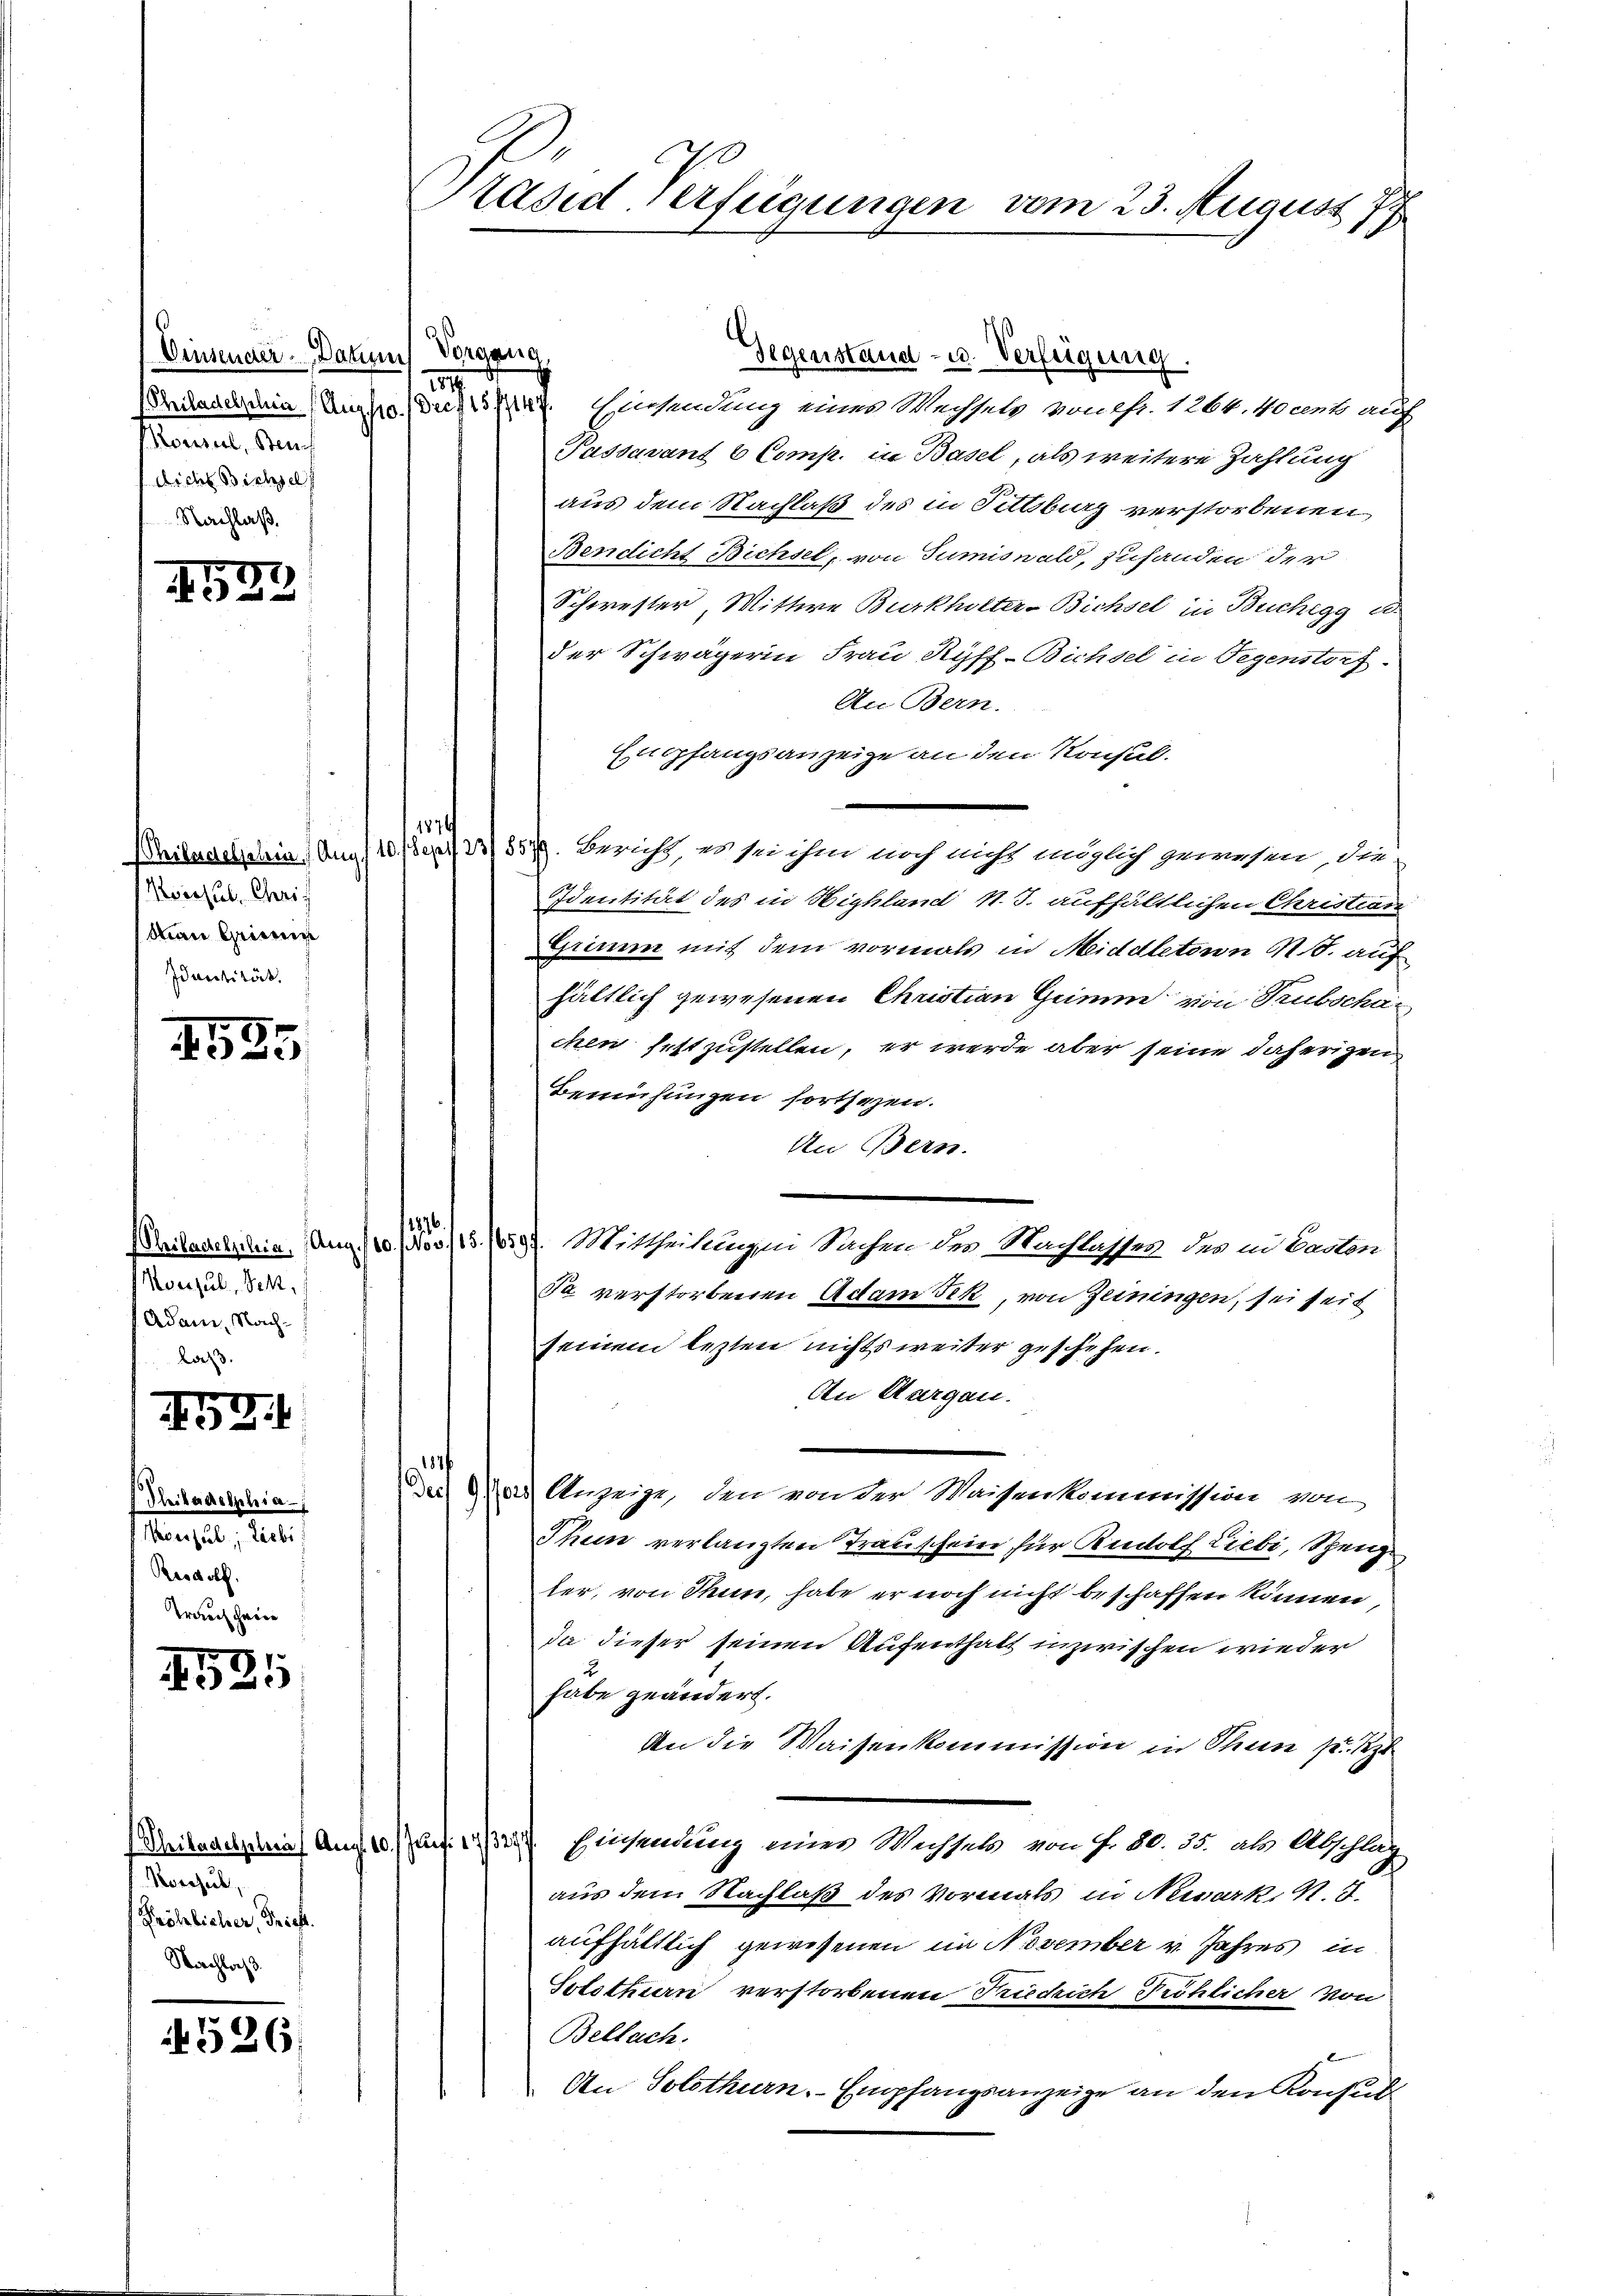
Dinsender Datum Vorgang,
Morel, Beu
f dieses Bichsel

255

Koessel, Chris
Man Grimin
Identität,

535

Monsul, Sch
Adam Nach¬

52. 1

Philadelphia
onsul, liebi
Riodolf.
Trauf sein

4525

Morosub,
Pröhlicher, Triest.
Nachlas

526.

Präsid-Verfügungen vom 23. August 177

1
(Precademie Umso dich. Einsendung einer Wechsels von fr. 1264. 40cent auf
Passavant 6 Comp. in Basel, als weitere Zahlung
aus dem Nachlaß des in Pittsburg verstorbenen
Bendicht Bichsel, von Sumiswald, zuhanden der
Schwester, Wittwe Burkholter-Bichsel in Buchegg ed
Der Schwägerin Frau Ryff-Bichsel in Tegenstorf
An Bern.
Empfangsanzeige an den Konsul-
1876
Whiladelschin) Aug. 10. Sept 23/ 8579. Bericht, es sei ihm noch nicht möglich gewesen, die
Identität des in Highland v. J. aufhältlichen Christian
Grimm mit dem vormals in Middleteron N. S. auf
hältlich gewesenen Christian Grimm von Trubschaf
chen festzustellen, er werde aber seine daherigen
Berufungen fortsezen.
An Bern.
(Reitagelschein. Aug. 120. (Nov 1/3. 6557. Mittheilungen Sachen der Nachlassen des und Caston
Ja verstorbenen Adam Fek, von Zeiningen, sei seit
seinem lezten nichts weiter geschehen.
An Aargau.
.
 Anzeige, den von der Waisenkommission von
Thee verlangten Transchein für Rudolf Liebi, Speng
ler, von Thun, habe er noch nicht beschaffen können,
da dieser seinen Aufenthalt inzwischen wieder
habe geändert.
An die Waisenkommission in Stein pr. Sept
Chitnachselna) Auf 10. (auf 1 1/22) Einsendung einer Wassel von Fr. 80. 35. als Abschlag
aus dem Nachlaß des Vormals in Neiserk, N. S.
aufhältlich gewesenen im November v. Jahres in
Solothurn verstorbenen Friedich Tröhlicher von
Bellach.
An Solothurn. Empfangsanzeige an den Konsul

1876.

Gegenstand- u. Verfügung.